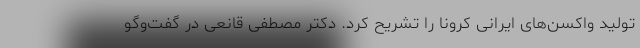
تولید واکسن‌های ایرانی کرونا را تشریح کرد. دکتر مصطفی قانعی در گفت‌وگو